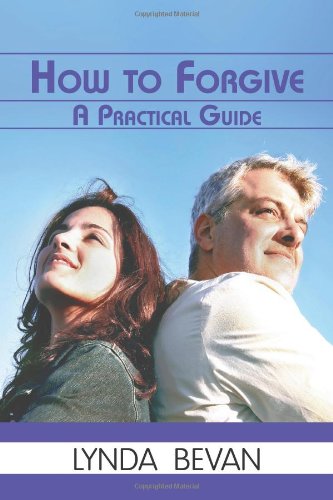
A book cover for How to Forgive: A Practical Guide (10-Step Empowerment); Lynda Bevan; Health, Fitness & Dieting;